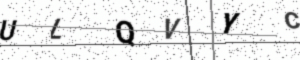
Text: ULQVYC